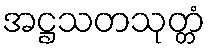
အဋ္ဌသတသုတ္တံ